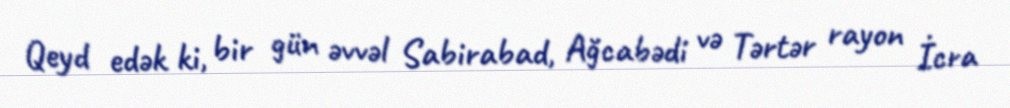
Qeyd edək ki, bir gün əvvəl Sabirabad, Ağcabədi və Tərtər rayon İcra